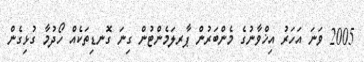
2005 ވަނަ އަހަރު އިޚްވާނުގެ މެންބަރުން ޕާރލަމެންޓުން ގިނަ ގޮނޑިތަކެއް ހޯދުމާ ގުޅިގެން